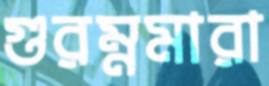
গুরম্নমারা